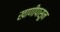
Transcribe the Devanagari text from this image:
खाणीपासून